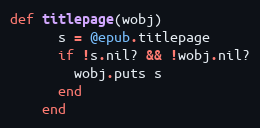
Language: Ruby
def titlepage(wobj)
      s = @epub.titlepage
      if !s.nil? && !wobj.nil?
        wobj.puts s
      end
    end